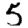
Digit: 5